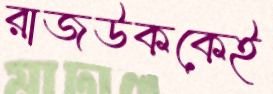
রাজউককেই